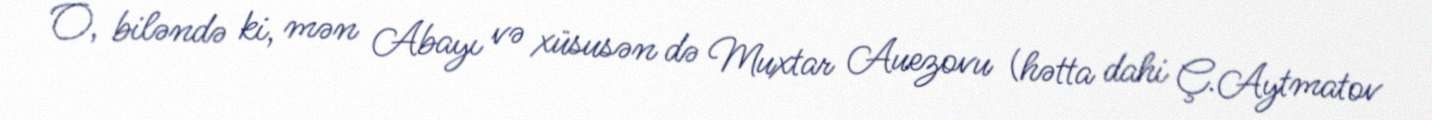
O, biləndə ki, mən Abayı və xüsusən də Muxtar Auezovu (hətta dahi Ç.Aytmatov